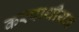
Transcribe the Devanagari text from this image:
करपाथीयन